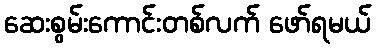
ဆေးစွမ်းကောင်းတစ်လက် ဖော်ရမယ်